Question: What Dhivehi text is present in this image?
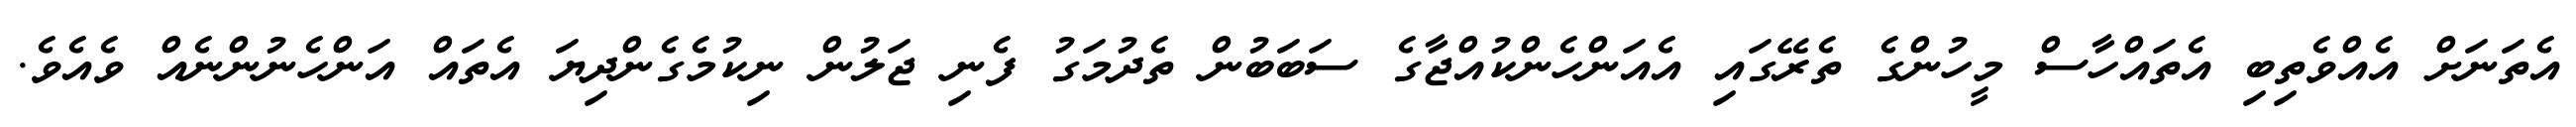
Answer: އެތަނަށް އެއްވެތިބި އެތައްހާސް މީހުންގެ ތެރޭގައި އެއަންހެންކުއްޖާގެ ސަބަބުން ތެދުމަގު ފެނި ޖަލުން ނިކުމެގެންދިޔަ އެތައް އަންހެނުންނެއް ވެއެވެ.